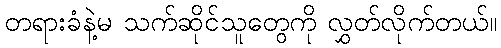
တရားခံနဲ့မ သက်ဆိုင်သူတွေကို လွှတ်လိုက်တယ်။